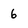
Character: 6